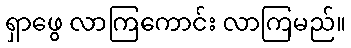
ရှာဖွေ လာကြကောင်း လာကြမည်။